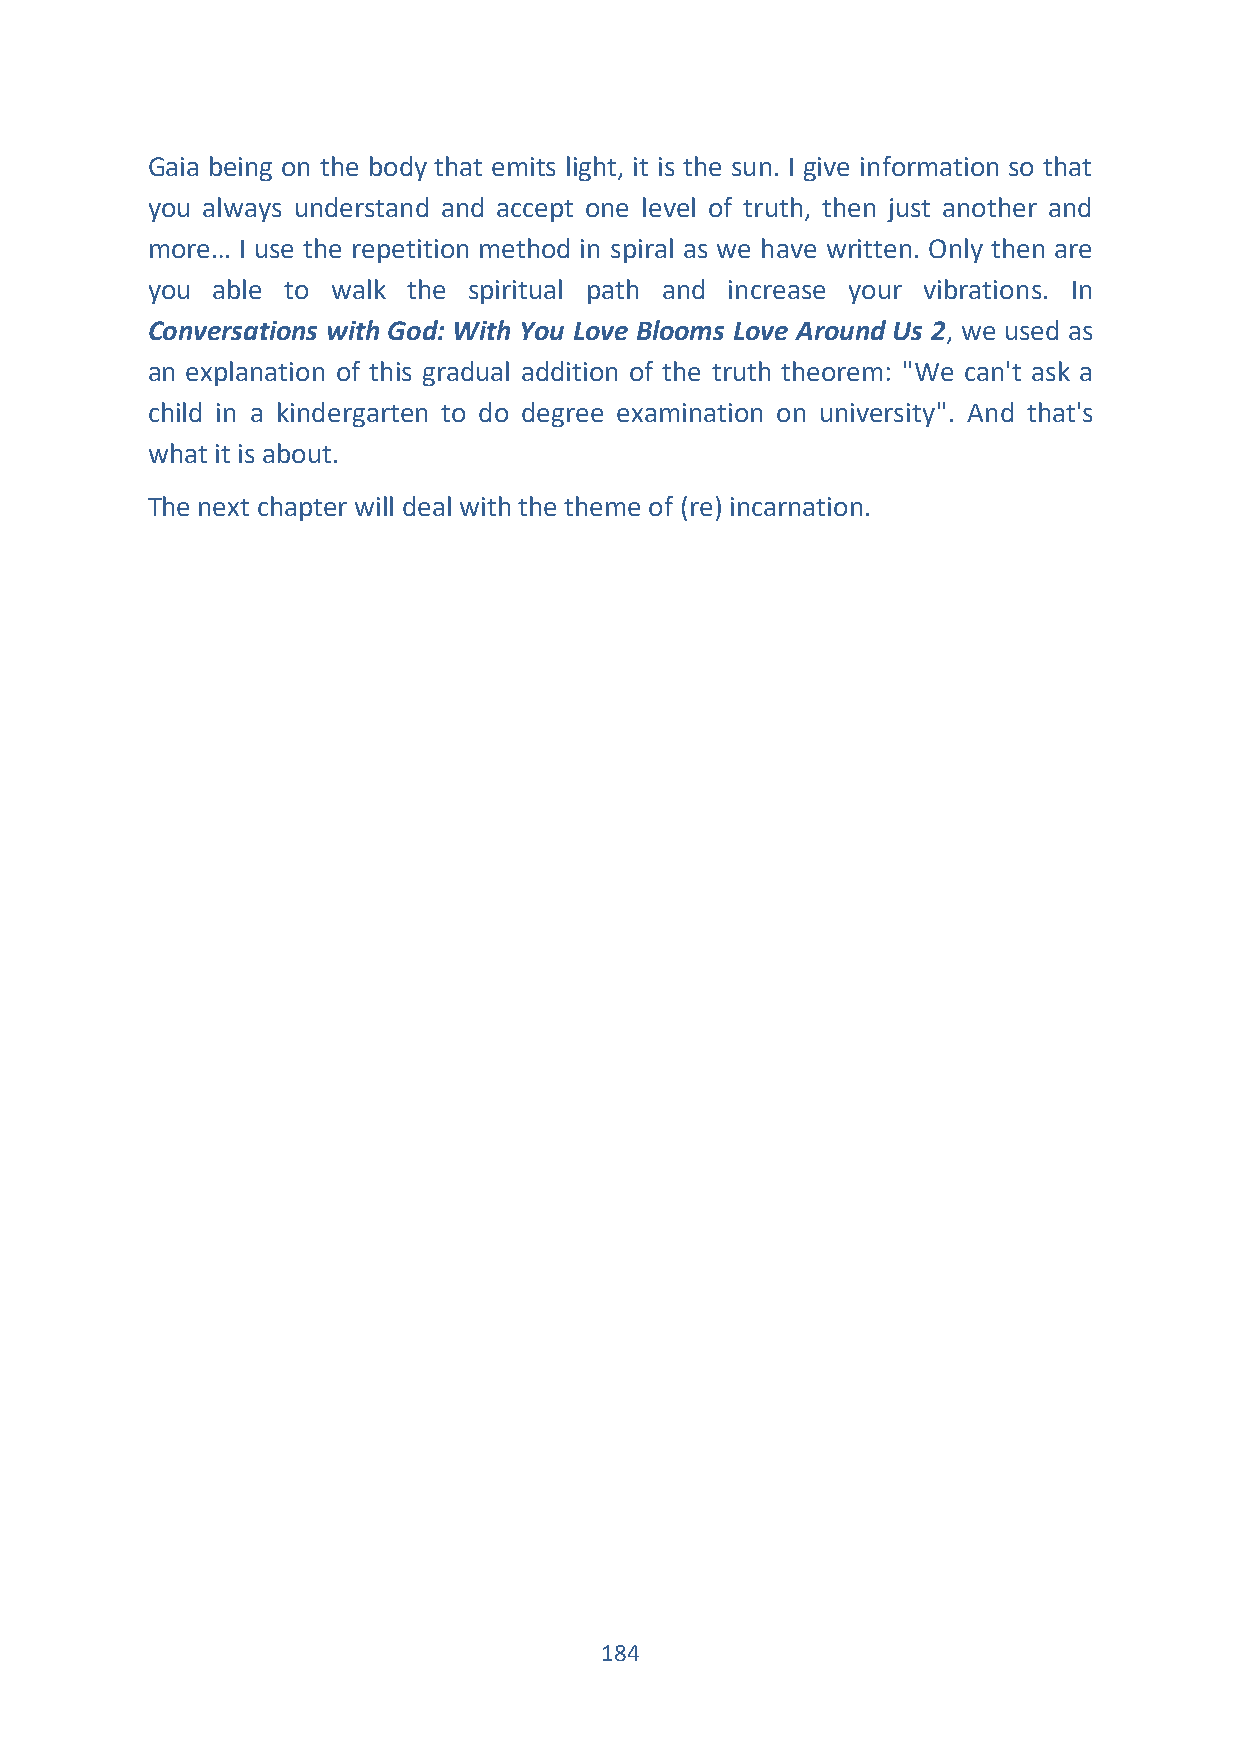
Gaia being on the body that emits light, it is the sun. I give information so that
 you always understand and accept one level of truth, then just another and
 more… I use the repetition method in spiral as we have written. Only then are
 you able to walk the spiritual path and increase your vibrations. In
 Conversations with God: With You Love Blooms Love Around Us 2, we used as
 an explanation of this gradual addition of the truth theorem: "We can't ask a
 child in a kindergarten to do degree examination on university". And that's
 what it is about.
 The next chapter will deal with the theme of (re) incarnation.
 184